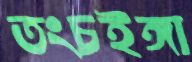
তংচইঙ্গা